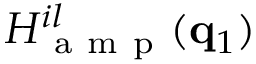
H _ { \mathrm { ~ a ~ m ~ p ~ } } ^ { i l } ( \mathbf { q } _ { 1 } )